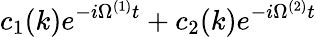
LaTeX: c_{1}(k)e^{-i\Omega^{(1)}t}+c_{2}(k)e^{-i\Omega^{(2)}t}